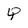
Character: Q